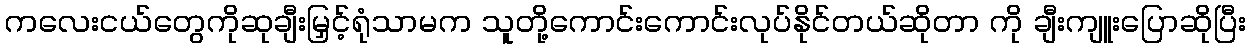
ကလေးငယ်တွေကိုဆုချီးမြှင့်ရုံသာမက သူတို့ကောင်းကောင်းလုပ်နိုင်တယ်ဆိုတာ ကို ချီးကျူးပြောဆိုပြီး